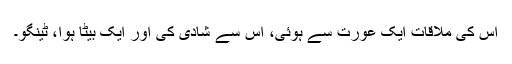
اس کی ملاقات ایک عورت سے ہوئی، اس سے شادی کی اور ایک بیٹا ہوا، ٹینگو۔